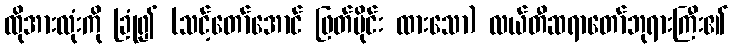
ထိုအားလုံးကို ခြုံ၍ (သင့်တော်အောင် ဖြတ်ပိုင်း ထားသော) လယ်တီဆရာတော်ဘုရားကြီး၏